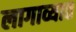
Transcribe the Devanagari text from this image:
लागाव्यात